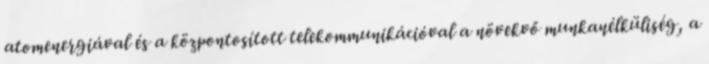
atomenergiával és a központosított telekommunikációval a növekvő munkanélküliség, a